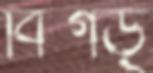
বিগড়্